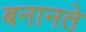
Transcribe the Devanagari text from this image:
बनानते